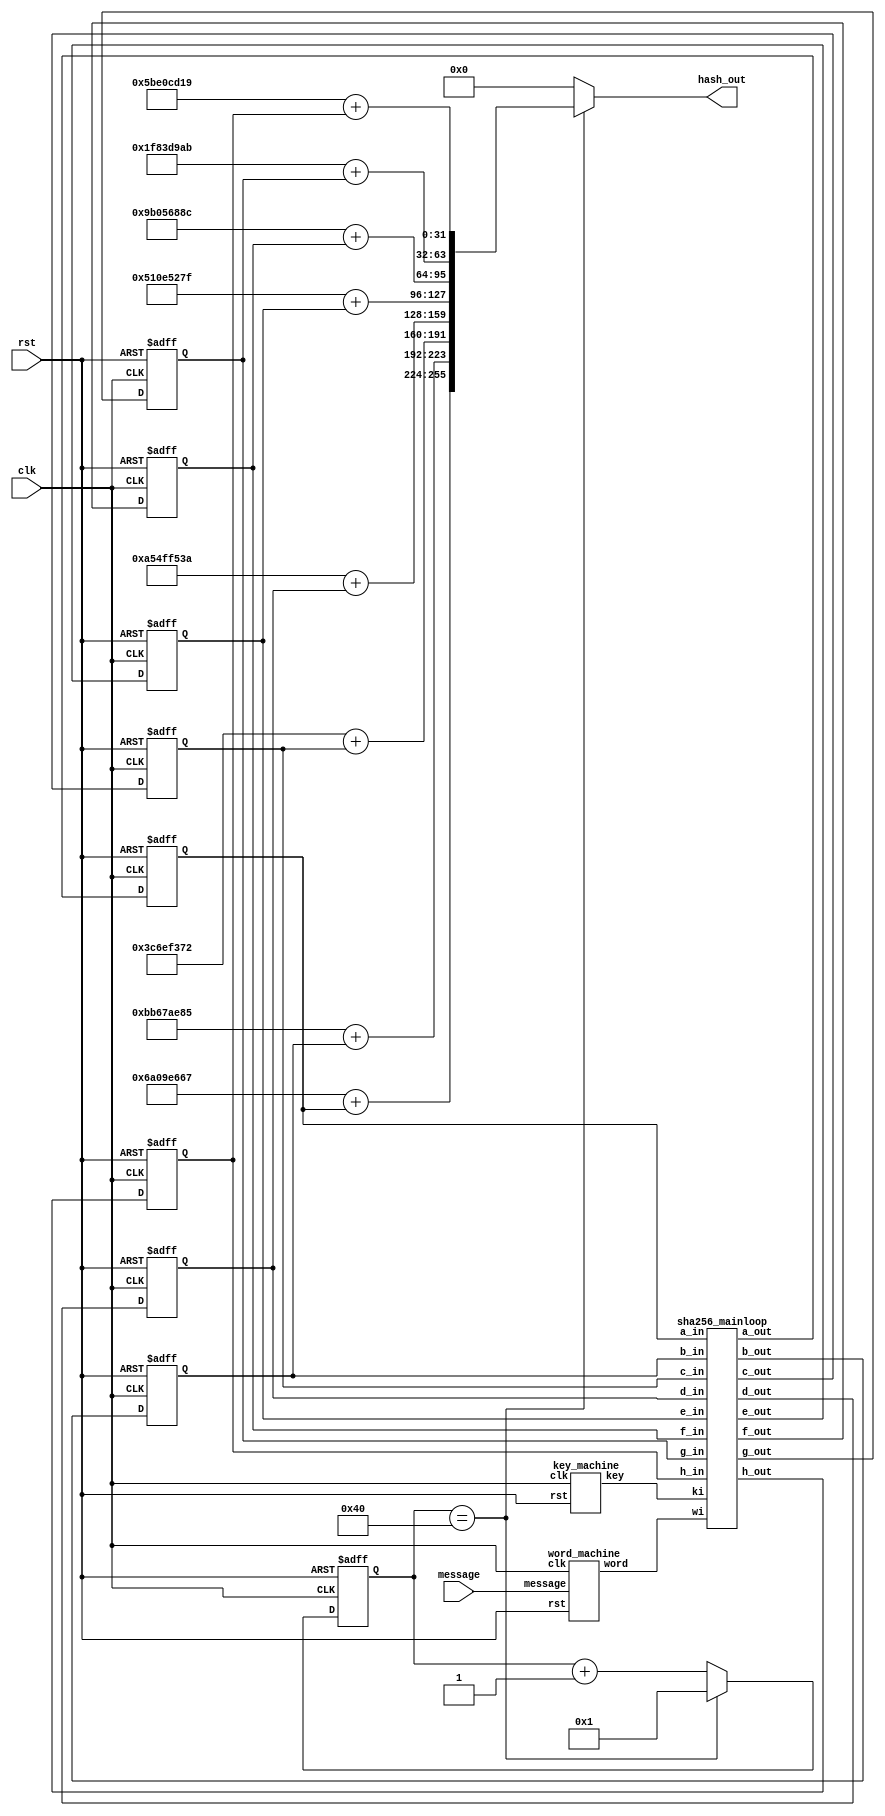
module sha256(clk, rst, message, hash_out);
    input  clk, rst;
    input  [511:0] message;
    output [255:0] hash_out;

    parameter message_bit = 512;

    wire [511:0] message_pre;
    wire [510-message_bit:0] padding;
    reg [6:0] round;
    wire [31:0] h0 = 32'h6A09E667, h1 = 32'hBB67AE85, h2 = 32'h3C6EF372, h3 = 32'hA54FF53A;
    wire [31:0] h4 = 32'h510E527F, h5 = 32'h9B05688C, h6 = 32'h1F83D9AB, h7 = 32'h5BE0CD19;
    reg [31:0] a_q, b_q, c_q, d_q, e_q, f_q, g_q, h_q;
    wire [31:0] a_d, b_d, c_d, d_d, e_d, f_d, g_d, h_d;
    wire [31:0] keyi, wordi;
    wire output_valid;

    assign padding = 0;
    assign message_pre = (message_bit == 512) ? message : {message[message_bit-1:0], 1'b1, padding};
    assign output_valid = (round == 64);
    assign hash_out = output_valid ? {h0+a_q, h1+b_q, h2+c_q, h3+d_q, h4+e_q, h5+f_q, h6+g_q, h7+h_q} : 256'b0;

    always @(posedge clk or posedge rst)
    begin
        if (rst) begin
            a_q <= h0; b_q <= h1; c_q <= h2; d_q <= h3;
            e_q <= h4; f_q <= h5; g_q <= h6; h_q <= h7;
        end
        else begin
            a_q <= a_d; b_q <= b_d; c_q <= c_d; d_q <= d_d;
            e_q <= e_d; f_q <= f_d; g_q <= g_d; h_q <= h_d;
        end
    end

    always @(posedge clk or posedge rst)
    begin
        if (rst) begin
            round <= 0;
        end
        else if(round == 64) begin
            round <= 1;
        end
        else begin
            round <= round + 1;
        end
    end

    sha256_mainloop sha256_mainloop0(
        .ki(keyi), .wi(wordi),
        .a_in(a_q), .b_in(b_q), .c_in(c_q), .d_in(d_q),
        .e_in(e_q), .f_in(f_q), .g_in(g_q), .h_in(h_q),
        .a_out(a_d), .b_out(b_d), .c_out(c_d), .d_out(d_d),
        .e_out(e_d), .f_out(f_d), .g_out(g_d), .h_out(h_d)
    );
    word_machine word_machine0(.clk(clk), .rst(rst), .message(message_pre), .word(wordi));
    key_machine key_machine0(.clk(clk), .rst(rst), .key(keyi));
endmodule

module sha256_mainloop(ki, wi, a_in, b_in, c_in, d_in, e_in, f_in, g_in, h_in, a_out, b_out, c_out, d_out, e_out, f_out, g_out, h_out);
    input [31:0] ki, wi;
    input [31:0] a_in, b_in, c_in, d_in, e_in, f_in, g_in, h_in;
    output [31:0] a_out, b_out, c_out, d_out, e_out, f_out, g_out, h_out;
    wire [31:0] ch, maj, S0, S1, t1, t2;

    assign ch = ((e_in & f_in) ^ (~e_in & g_in));
    assign maj = (a_in & b_in) ^ (a_in & c_in) ^ (b_in & c_in);
    assign S0 = ({a_in[1:0], a_in[31:2]} ^ {a_in[12:0], a_in[31:13]} ^ {a_in[21:0], a_in[31:22]});
    assign S1 = ({e_in[5:0], e_in[31:6]} ^ {e_in[10:0], e_in[31:11]} ^ {e_in[24:0], e_in[31:25]});
    assign t1 = h_in + S1 + ch + ki + wi;
    assign t2 = S0 + maj;
    assign a_out = t1 + t2;
    assign b_out = a_in;
    assign c_out = b_in;
    assign d_out = c_in;
    assign e_out = d_in + t1;
    assign f_out = e_in;
    assign g_out = f_in;
    assign h_out = g_in;
endmodule

module word_machine(clk, rst, message, word);
    input clk, rst;
    input [511:0] message;
    output [31:0] word;
    wire [31:0] word_i_2, word_i_15, word_i_7, word_i_16, word_next, s0, s1;
    reg [511:0] wordstack_q;
    wire [511:0] wordstack_d;

    assign word_i_2 = wordstack_q[63:32];
    assign word_i_15 = wordstack_q[479:448];
    assign word_i_7 = wordstack_q[223:192];
    assign word_i_16 = wordstack_q[511:480];
    assign word_next = s1 + word_i_7 + s0 + word_i_16;
    assign s0 = ({word_i_15[6:0], word_i_15[31:7]} ^ {word_i_15[17:0], word_i_15[31:18]} ^ (word_i_15 >> 3));
    assign s1 = ({word_i_2[16:0], word_i_2[31:17]} ^ {word_i_2[18:0], word_i_2[31:19]} ^ (word_i_2 >> 10));
    assign wordstack_d = {wordstack_q[479:0], word_next};
    assign word = wordstack_q[511:480];

    always @(posedge clk or posedge rst)
    begin
        if (rst) begin
            wordstack_q <= message;
        end
        else begin
            wordstack_q <= wordstack_d;
        end
    end
endmodule

module key_machine(clk, rst, key);
    input clk, rst;
    output [31:0] key;
    reg [2047:0] key_q;
    wire [2047:0] key_d;

    assign key_d = {key_q[2015:0], key_q[2047:2016]};
    assign key = key_q[2047:2016];

    always @(posedge clk or posedge rst)
    begin
        if (rst) begin
            key_q <= {
                32'h428a2f98, 32'h71374491, 32'hb5c0fbcf, 32'he9b5dba5,
                32'h3956c25b, 32'h59f111f1, 32'h923f82a4, 32'hab1c5ed5,
                32'hd807aa98, 32'h12835b01, 32'h243185be, 32'h550c7dc3,
                32'h72be5d74, 32'h80deb1fe, 32'h9bdc06a7, 32'hc19bf174,
                32'he49b69c1, 32'hefbe4786, 32'h0fc19dc6, 32'h240ca1cc,
                32'h2de92c6f, 32'h4a7484aa, 32'h5cb0a9dc, 32'h76f988da,
                32'h983e5152, 32'ha831c66d, 32'hb00327c8, 32'hbf597fc7,
                32'hc6e00bf3, 32'hd5a79147, 32'h06ca6351, 32'h14292967,
                32'h27b70a85, 32'h2e1b2138, 32'h4d2c6dfc, 32'h53380d13,
                32'h650a7354, 32'h766a0abb, 32'h81c2c92e, 32'h92722c85,
                32'ha2bfe8a1, 32'ha81a664b, 32'hc24b8b70, 32'hc76c51a3,
                32'hd192e819, 32'hd6990624, 32'hf40e3585, 32'h106aa070,
                32'h19a4c116, 32'h1e376c08, 32'h2748774c, 32'h34b0bcb5,
                32'h391c0cb3, 32'h4ed8aa4a, 32'h5b9cca4f, 32'h682e6ff3,
                32'h748f82ee, 32'h78a5636f, 32'h84c87814, 32'h8cc70208,
                32'h90befffa, 32'ha4506ceb, 32'hbef9a3f7, 32'hc67178f2
            };
        end
        else begin
            key_q <= key_d;
        end
    end
endmodule